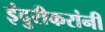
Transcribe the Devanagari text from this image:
इंदुरीकरांनी